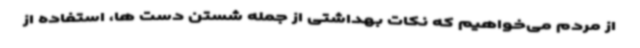
از مردم می‌خواهیم که نکات بهداشتی از جمله شستن دست ها، استفاده از